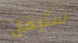
ستيفان